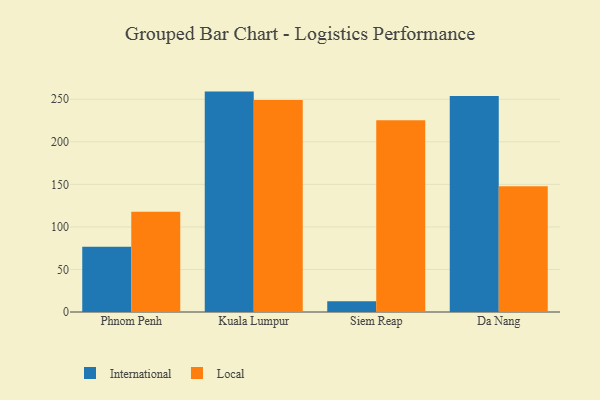
{"axis": {"x": "City", "y": "Demand Index"}, "legend": ["International", "Local"], "data": [{"x": "Phnom Penh", "y": 76.6, "type": "International"}, {"x": "Phnom Penh", "y": 117.9, "type": "Local"}, {"x": "Kuala Lumpur", "y": 259.0, "type": "International"}, {"x": "Kuala Lumpur", "y": 249.1, "type": "Local"}, {"x": "Siem Reap", "y": 12.6, "type": "International"}, {"x": "Siem Reap", "y": 225.2, "type": "Local"}, {"x": "Da Nang", "y": 253.8, "type": "International"}, {"x": "Da Nang", "y": 147.7, "type": "Local"}]}